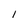
Character: 1